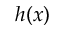
h ( x )